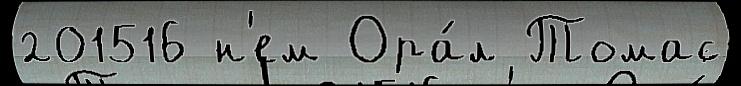
201516 н'ем Ора́л Томас